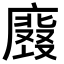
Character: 𭚀